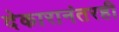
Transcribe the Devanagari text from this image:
देकारानंतरही